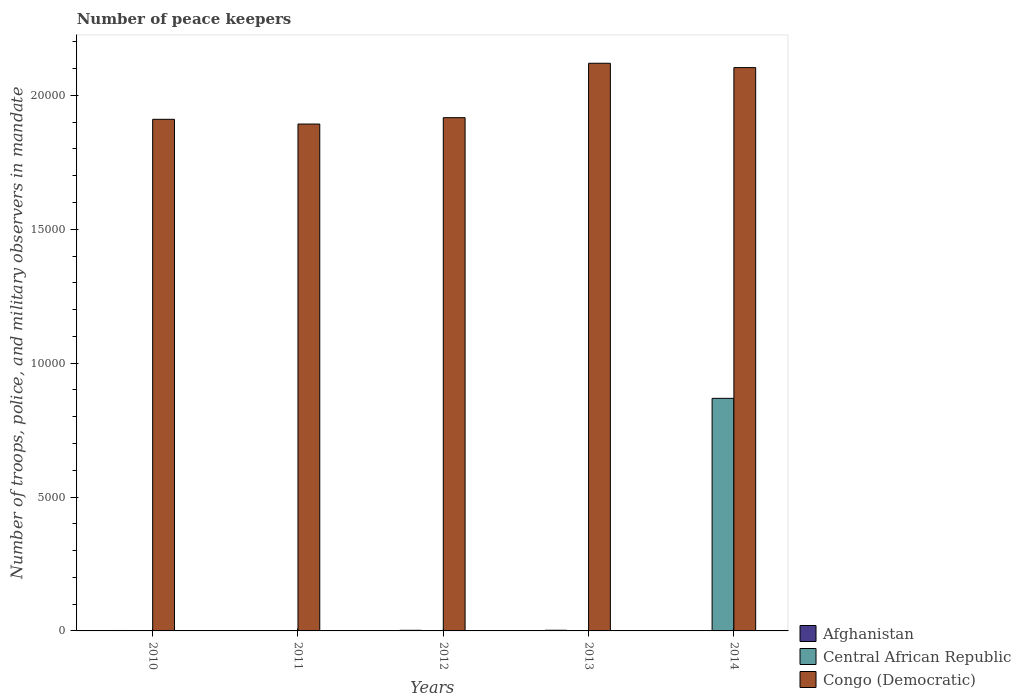
| Years | Afghanistan | Central African Republic | Congo (Democratic) |
 | --- | --- | --- | --- |
 | 2010 | 16 | 3 | 1.91e+04 |
 | 2011 | 15 | 4 | 1.89e+04 |
 | 2012 | 23 | 4 | 1.92e+04 |
 | 2013 | 25 | 4 | 2.12e+04 |
 | 2014 | 15 | 8.68e+03 | 2.1e+04 |